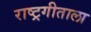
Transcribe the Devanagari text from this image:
राष्ट्रगीताला